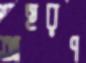
আহরণ